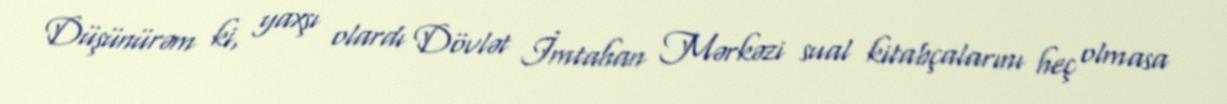
Düşünürəm ki, yaxşı olardı Dövlət İmtahan Mərkəzi sual kitabçalarını heç olmasa